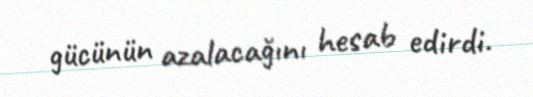
gücünün azalacağını hesab edirdi.